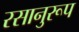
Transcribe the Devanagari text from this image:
रसानुरूप